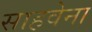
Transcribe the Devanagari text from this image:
साहवेना